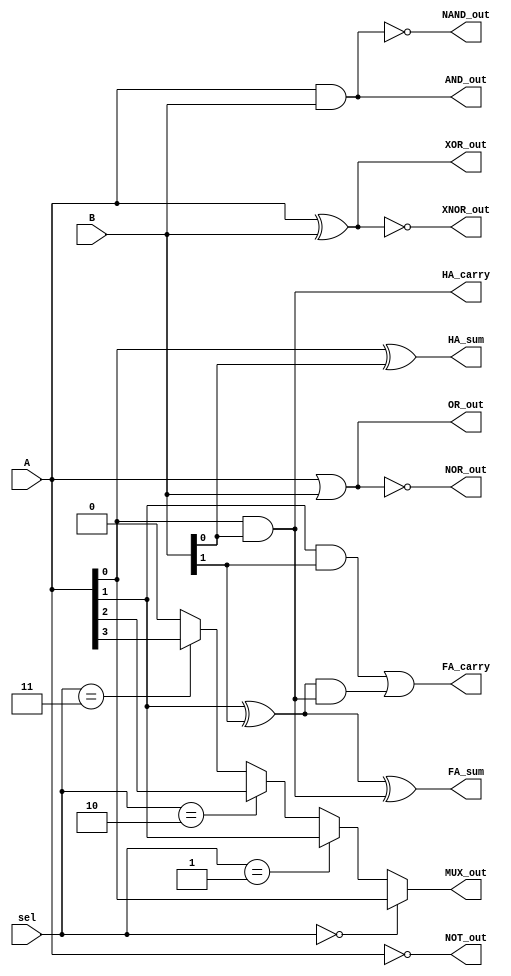
module combinational_logic_blocks (
    input wire [3:0] A,      // 4-bit input A
    input wire [3:0] B,      // 4-bit input B
    input wire [1:0] sel,    // Select signal for MUX
    output wire [3:0] AND_out, // AND output
    output wire [3:0] OR_out,  // OR output
    output wire [3:0] NOT_out, // NOT output
    output wire [3:0] NAND_out, // NAND output
    output wire [3:0] NOR_out,  // NOR output
    output wire [3:0] XOR_out,  // XOR output
    output wire [3:0] XNOR_out, // XNOR output
    output wire MUX_out,        // MUX output
    output wire HA_sum,         // Half adder sum output
    output wire HA_carry,       // Half adder carry output
    output wire FA_sum,         // Full adder sum output
    output wire FA_carry        // Full adder carry output
);

// AND operation
assign AND_out = A & B;

// OR operation
assign OR_out = A | B;

// NOT operation (inverting A)
assign NOT_out = ~A;

// NAND operation
assign NAND_out = ~(A & B);

// NOR operation
assign NOR_out = ~(A | B);

// XOR operation
assign XOR_out = A ^ B;

// XNOR operation
assign XNOR_out = ~(A ^ B);

// Multiplexer (2-to-1)
assign MUX_out = (sel == 2'b00) ? A[0] :
                 (sel == 2'b01) ? A[1] :
                 (sel == 2'b10) ? A[2] :
                 (sel == 2'b11) ? A[3] : 1'b0;

// Half Adder
assign HA_sum = A[0] ^ B[0];
assign HA_carry = A[0] & B[0];

// Full Adder
wire temp_sum, temp_carry1, temp_carry2;
assign temp_sum = A[1] ^ B[1];
assign FA_sum = temp_sum ^ HA_carry;
assign temp_carry1 = A[1] & B[1];
assign temp_carry2 = temp_sum & HA_carry;
assign FA_carry = temp_carry1 | temp_carry2;

endmodule